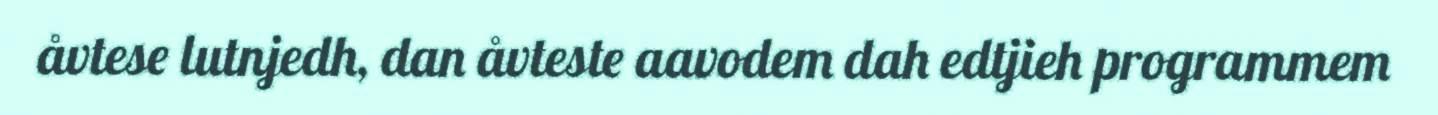
åvtese lutnjedh, dan åvteste aavodem dah edtjieh programmem